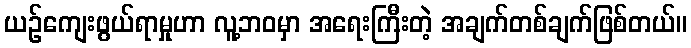
ယဉ်ကျေးဖွယ်ရာမှုဟာ လူ့ဘဝမှာ အရေးကြီးတဲ့ အချက်တစ်ချက်ဖြစ်တယ်။